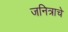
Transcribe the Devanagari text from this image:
जनित्राचे